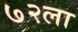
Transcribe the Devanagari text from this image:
७२ला